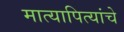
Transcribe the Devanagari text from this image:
मात्यापित्यांचे